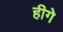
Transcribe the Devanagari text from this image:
हीगे